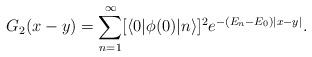
LaTeX: \begin{align*}G_2(x-y)=\sum_{n=1}^\infty [\langle0|\phi(0)|n\rangle]^2 e^{-(E_n-E_0)|x-y|}. \end{align*}